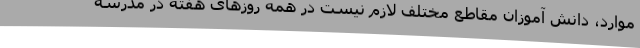
موارد، دانش آموزان مقاطع مختلف لازم نیست در همه روزهای هفته در مدرسه